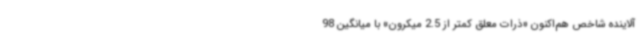
آلاینده شاخص هم‌اکنون «ذرات معلق کمتر از 2.5 میکرون» با میانگین 98